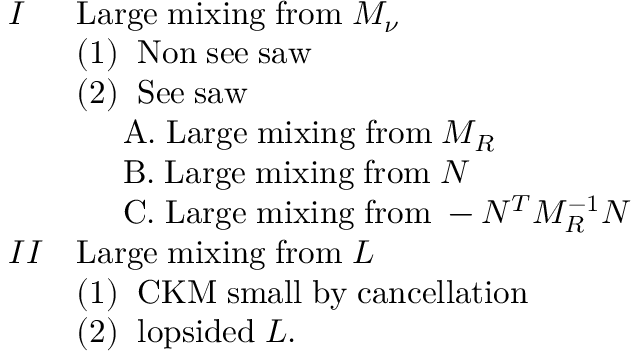
\begin{array} { l l } { { I } } & { { \mathrm { L a r g e \; m i x i n g \; f r o m } \; M _ { \nu } } } \\ { { } } & { { ( 1 ) \; \; \mathrm { N o n \; s e e \; s a w } } } \\ { { } } & { { ( 2 ) \; \; \mathrm { S e e \; s a w } } } \\ { { } } & { { \; \; \; \; \; \mathrm { A . \; L a r g e \; m i x i n g \; f r o m } \; M _ { R } } } \\ { { } } & { { \; \; \; \; \; \mathrm { B . \; L a r g e \; m i x i n g \; f r o m } \; N } } \\ { { } } & { { \; \; \; \; \; \mathrm { C . \; L a r g e \; m i x i n g \; f r o m } \; - N ^ { T } M _ { R } ^ { - 1 } N } } \\ { { I I } } & { { \mathrm { L a r g e \; m i x i n g \; f r o m } \; L } } \\ { { } } & { { ( 1 ) \; \; \mathrm { C K M \; s m a l l \; b y \; c a n c e l l a t i o n } } } \\ { { } } & { { ( 2 ) \; \; \mathrm { l o p s i d e d } \; L . } } \end{array}